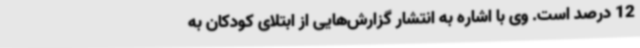
12 درصد است. وی با اشاره به انتشار گزارش‌هایی از ابتلای کودکان به